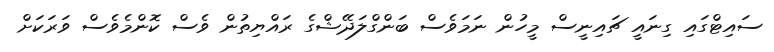
ސައިޓްގައި ގިނައީ ޗައިނީސް މީހުން ނަމަވެސް ބަންގްލަދޭޝްގެ ރައްޔިތުން ވެސް ކޮންމެވެސް ވަރަކަށް